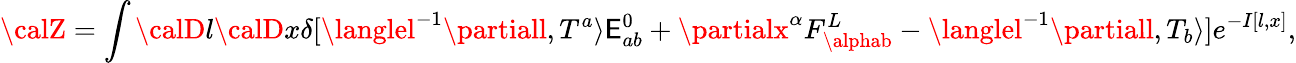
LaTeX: {\calZ}=\int{\calD}l{\calD}x\delta[\langlel^{-1}\partiall,T^{a}\rangle\mathsf{E}_{ab}^{0}+\partialx^{\alpha}F_{\alphab}^{L}-\langlel^{-1}\partiall,T_{b}\rangle]e^{-I[l,x]},